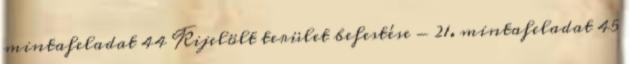
mintafeladat 44 Kijelölt terület befestése - 21. mintafeladat 45